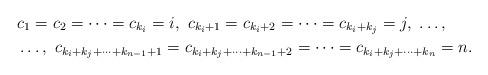
LaTeX: \begin{align*}&c_{1}=c_{2}=\cdots=c_{k_{i}}=i, \ c_{k_{i}+1}=c_{k_{i}+2}=\cdots=c_{k_{i}+k_{j}}=j, \ \ldots, \\&\ldots, \ c_{k_{i}+k_{j}+\cdots+k_{n-1}+1}=c_{k_{i}+k_{j}+\cdots+k_{n-1}+2}=\cdots=c_{k_{i}+k_{j}+\cdots+k_{n}}=n.\end{align*}